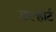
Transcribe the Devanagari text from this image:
डल्हार्ट